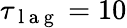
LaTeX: \tau_{\mathrm{~l~a~g~}}=10